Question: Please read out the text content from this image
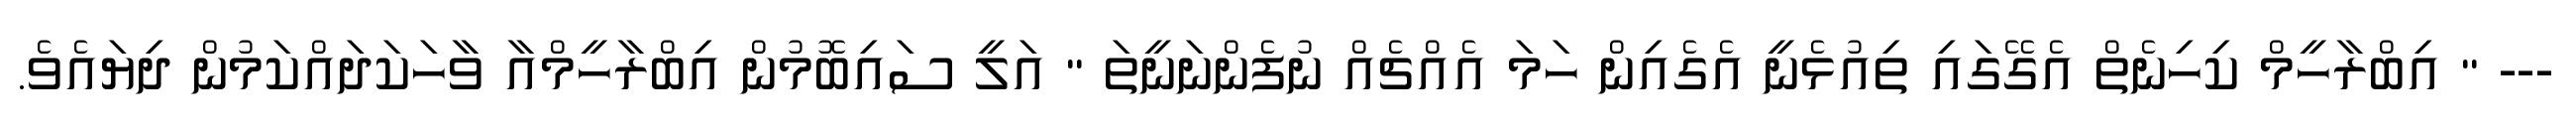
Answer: --- " އިބްރާހީމް ކިހިނެތް އެގޭގައި ތިއުޅެނީ އެގެއިން ހަމަ އެއްޗެއް ނުފެންނަނީތަ " އަލީ ސައިބޮމުން އިބްރާހީމްއާ ވާހަކަދައްކަމުން ދިޔައެވެ.